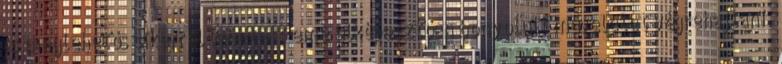
is meglehetős sikerrel lehetett eme elképesztően bonyolult műveletet végrehajtani.